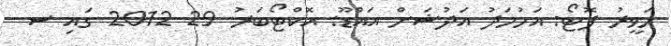
ހަވީރު ފޮޓޯ: އަހުމަދު އަދުޝަން އައްޑޫ: އޮކްޓޯބަރު 29 2012 ގައި ސ.